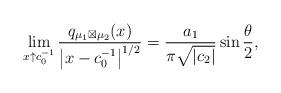
LaTeX: \begin{align*}\lim_{x\uparrow c_{0}^{-1}}\frac{q_{\mu_{1}\boxtimes\mu_{2}}(x)}{\left|x-c_{0}^{-1}\right|^{1/2}}=\frac{a_{1}}{\pi\sqrt{\left|c_{2}\right|}}\sin\frac{\theta}{2},\end{align*}